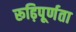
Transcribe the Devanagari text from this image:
रूढ़िपूर्णता